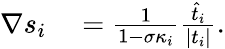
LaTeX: \begin{array}{rl}{\nabla s_{i}}&{{}=\frac{1}{1-\sigma\kappa_{i}}\frac{\widehat{t}_{i}}{|t_{i}|}.}\end{array}